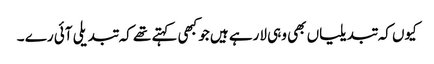
کیوں کہ تبدیلیاں بھی وہی لارہے ہیں جو کبھی کہتے تھے کہ تبدیلی آئی رے ۔